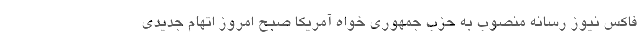
فاکس نیوز رسانه منصوب به حزب جمهوری خواه آمریکا صبح امروز اتهام جدیدی